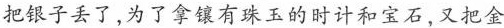
把银子丢了，为了拿镶有珠玉的时计和宝石，又把金